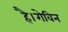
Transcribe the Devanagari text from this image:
है।गेविन